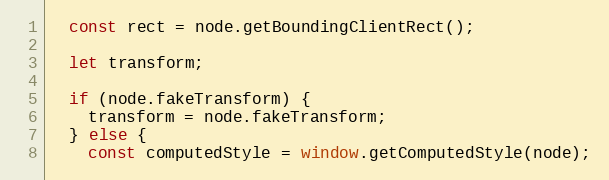
Language: JavaScript
  const rect = node.getBoundingClientRect();

  let transform;

  if (node.fakeTransform) {
    transform = node.fakeTransform;
  } else {
    const computedStyle = window.getComputedStyle(node);